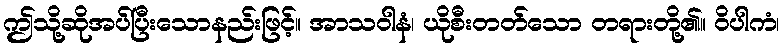
ဤသို့ဆိုအပ်ပြီးသောနည်းဖြင့်။ အာသဝါနံ၊ ယိုစီးတတ်သော တရားတို့၏။ ဝိပါကံ၊